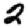
Digit: 2